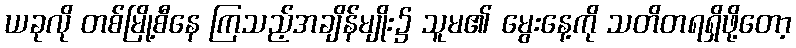
ယခုလို တစ်မြို့စီနေ ကြသည့်အချိန်မျိုး၌ သူမ၏ မွေးနေ့ကို သတိတရရှိဖို့တော့